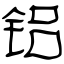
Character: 铝